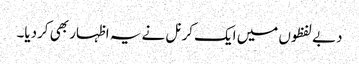
دبے لفظوں میں ایک کرنل نے یہ اظہار بھی کردیا۔